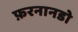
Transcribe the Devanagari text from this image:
फ़रनानडो